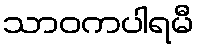
သာဝကပါရမီ